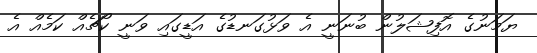
ޔަމަނުގެ އޮފިޝަލުން ބުނަނީ އެ ވަޅުގަނޑުގެ އަޑީގައި ވަނީ ކޯޗެއް ކަމެއް އެ